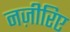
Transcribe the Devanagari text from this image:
नज़ीरिए